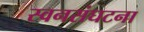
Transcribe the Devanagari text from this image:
स्वनसंघटना